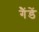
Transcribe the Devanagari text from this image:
गैंडें